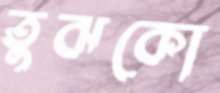
তুঝকো